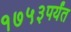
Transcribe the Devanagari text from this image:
१७५३पर्यंत